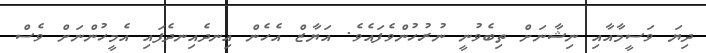
ދިޔަ ވަސީމާއާއި ނިޝާނަށް ތިބެވުނީ ނުރުހުންވެފައެވެ. އަޔާޒް އެހެން އިނދެއިނދެފައި އެމީހުންނަށް ވެސް